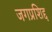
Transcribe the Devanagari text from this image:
जगप्रशिद्द